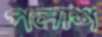
পলাশ